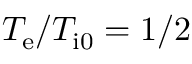
T _ { \mathrm { e } } / T _ { \mathrm { i 0 } } = 1 / 2